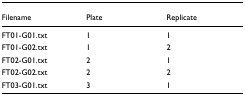
| Filename | Plate | Replicate |
 | --- | --- | --- |
 | FT01-G01.txt | 1 | 1 |
 | FT01-G02.txt | 1 | 2 |
 | FT02-G01.txt | 2 | 1 |
 | FT02-G02.txt | 2 | 2 |
 | FT03-G01.txt | 3 | 1 |